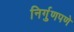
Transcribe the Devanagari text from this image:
निर्गुणपणे